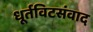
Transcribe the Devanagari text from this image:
धूर्तविटसंवाद